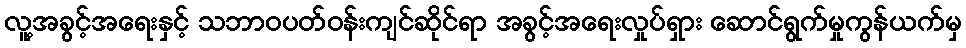
လူ့အခွင့်အရေးနှင့် သဘာဝပတ်ဝန်းကျင်ဆိုင်ရာ အခွင့်အရေးလှုပ်ရှား ဆောင်ရွက်မှုကွန်ယက်မှ